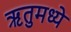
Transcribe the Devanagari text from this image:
ॠतुमध्ये